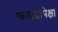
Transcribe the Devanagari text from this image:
फायद्यापेक्षा